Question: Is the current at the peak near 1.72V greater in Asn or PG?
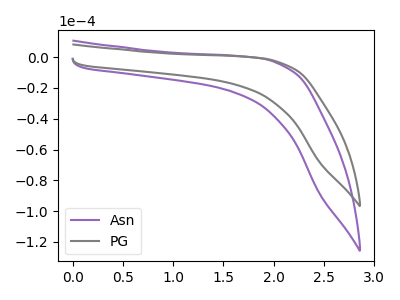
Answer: <think>The purple curve "Asn" has no peaks. The gray curve "PG" has no peaks.</think>
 <answer>"Asn" and "PG" dont share a peak at 1.72V.</answer>
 <eval>mismatch</eval>